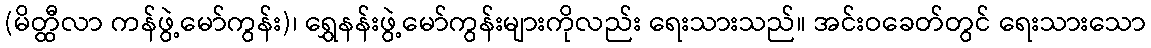
(မိတ္ထီလာ ကန်ဖွဲ့မော်ကွန်း)၊ ရွှေနန်းဖွဲ့မော်ကွန်းများကိုလည်း ရေးသားသည်။ အင်းဝခေတ်တွင် ရေးသားသော